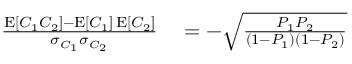
\begin{array} { r l } { \frac { \operatorname { E } [ C _ { 1 } C _ { 2 } ] - \operatorname { E } [ C _ { 1 } ] \operatorname { E } [ C _ { 2 } ] } { \sigma _ { C _ { 1 } } \sigma _ { C _ { 2 } } } } & { { } = - \sqrt { \frac { P _ { 1 } P _ { 2 } } { ( 1 - P _ { 1 } ) ( 1 - P _ { 2 } ) } } } \end{array}